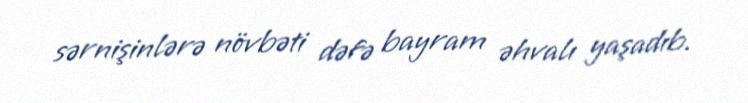
sərnişinlərə növbəti dəfə bayram əhvalı yaşadıb.